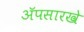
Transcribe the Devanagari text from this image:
ॲपसारखे